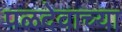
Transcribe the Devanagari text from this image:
पळदेवाच्या